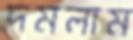
দমলাম